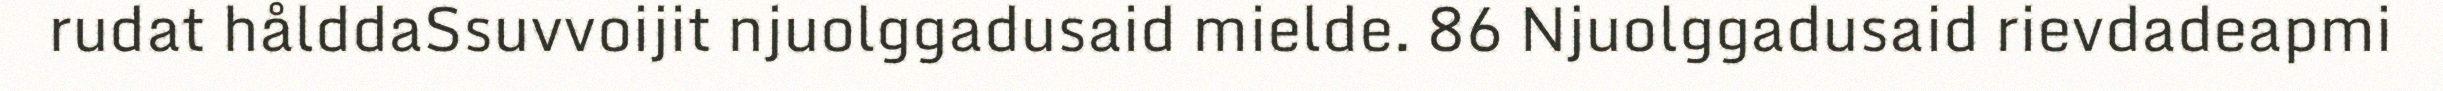
rudat hålddaSsuvvoijit njuolggadusaid mielde. 86 Njuolggadusaid rievdadeapmi